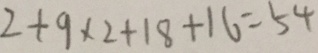
2 + 9 \times 2 + 1 8 + 1 6 = 5 4